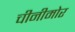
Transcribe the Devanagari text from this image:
चीनीमोर